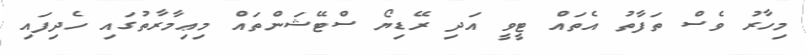
މިހާރު ވެސް ތަފާތު އެތައް ޓީވީ އަދި ރޭޑިޔޯ ސްޓޭޝަންތައް މިޢިމާރާތުގައި ހެދިފައި